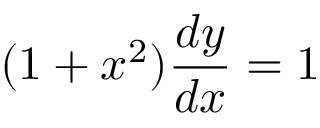
( 1 + x ^ { 2 } ) { \frac { d y } { d x } } = 1